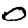
Digit: 0